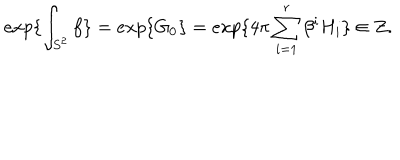
e x p \{ \int _ { S ^ { 2 } } f \} = e x p \{ G _ { 0 } \} = e x p \{ 4 \pi \sum _ { i = 1 } ^ { r } \beta ^ { i } H _ { i } \} \in Z .